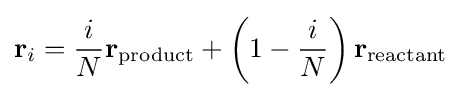
\mathbf {r} _{i}={\frac {i}{N}}\mathbf {r} _{\mathrm {product} }+\left(1-{\frac {i}{N}}\right)\mathbf {r} _{\mathrm {reactant} }